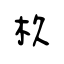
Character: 杦